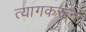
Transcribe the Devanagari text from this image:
त्यागकरून